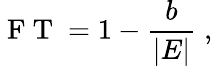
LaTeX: \mathrm{~F~T~}=1-\frac{b}{|E|}\; ,